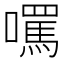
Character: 𡂼